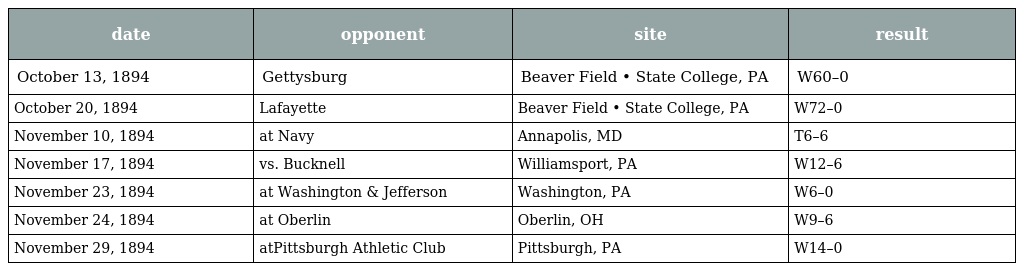
| date | opponent | site | result |
 | --- | --- | --- | --- |
 | October 13, 1894 | Gettysburg | Beaver Field • State College, PA | W60–0 |
 | October 20, 1894 | Lafayette | Beaver Field • State College, PA | W72–0 |
 | November 10, 1894 | at Navy | Annapolis, MD | T6–6 |
 | November 17, 1894 | vs. Bucknell | Williamsport, PA | W12–6 |
 | November 23, 1894 | at Washington & Jefferson | Washington, PA | W6–0 |
 | November 24, 1894 | at Oberlin | Oberlin, OH | W9–6 |
 | November 29, 1894 | atPittsburgh Athletic Club | Pittsburgh, PA | W14–0 |